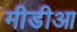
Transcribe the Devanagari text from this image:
मीडीआ